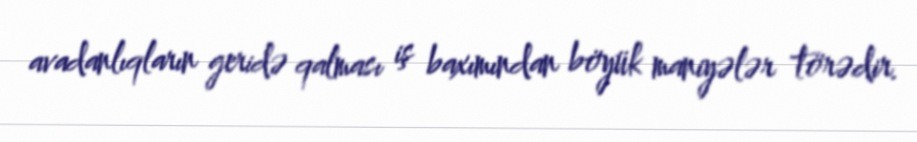
avadanlıqların geridə qalması iş baxımından böyük maniyələr törədir.